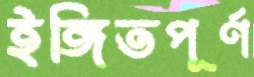
ইঙ্গিতপূর্ণ